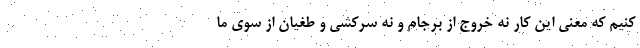
کنیم که معنی این کار نه خروج از برجام و نه سرکشی و طغیان از سوی ما